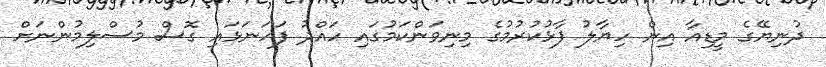
ދުނިޔޭގެ މީޑިއާ އިން ހިޔާލު ފާޅުކުރުމުގެ މިނިވަންކަމުގައި ހައްދު ފަހަނަޅައި ގޮސް މުސްލިމުންނަށް